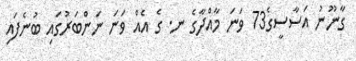
ގާނޫނު އަސާސީގެ73 ވަނަ މާއްދާގެ ނ. ގެ އެއް ވަނަ ނަންބަރުގައި ބުނެފައި